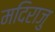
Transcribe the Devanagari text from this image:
मदिराजु